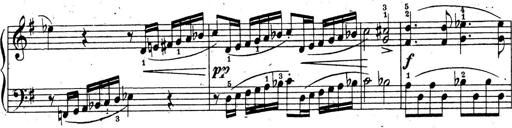
Title: 10 Sonatinas
Composer: Fritz Spindler